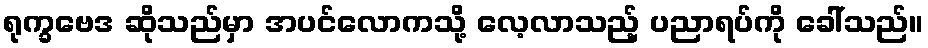
ရုက္ခဗေဒ ဆိုသည်မှာ အပင်လောကသို့ လေ့လာသည့် ပညာရပ်ကို ခေါ်သည်။